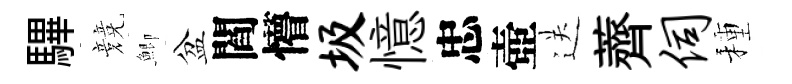
驆競鯽盆閻懵圾憶忠壺送薺伺種